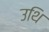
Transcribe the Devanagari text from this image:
उथि